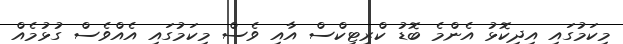
މިކަމުގައި އިިދިކޮޅު އެންމެ ބޮޑު ކްރިޓިކްސް އާއި ވެސް މިކަމުގައި އެއްވެސް ގުޅުމެއް